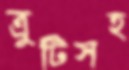
ত্রুটিসহ